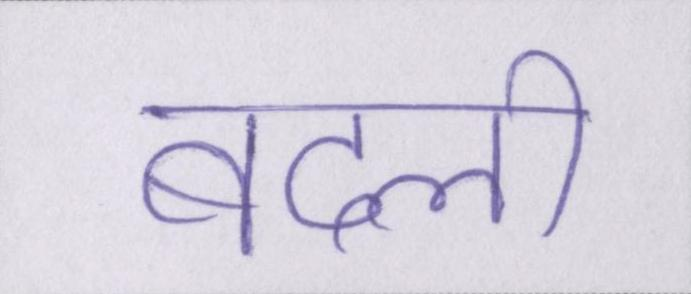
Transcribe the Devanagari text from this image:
बदली